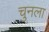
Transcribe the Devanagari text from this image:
चुनला